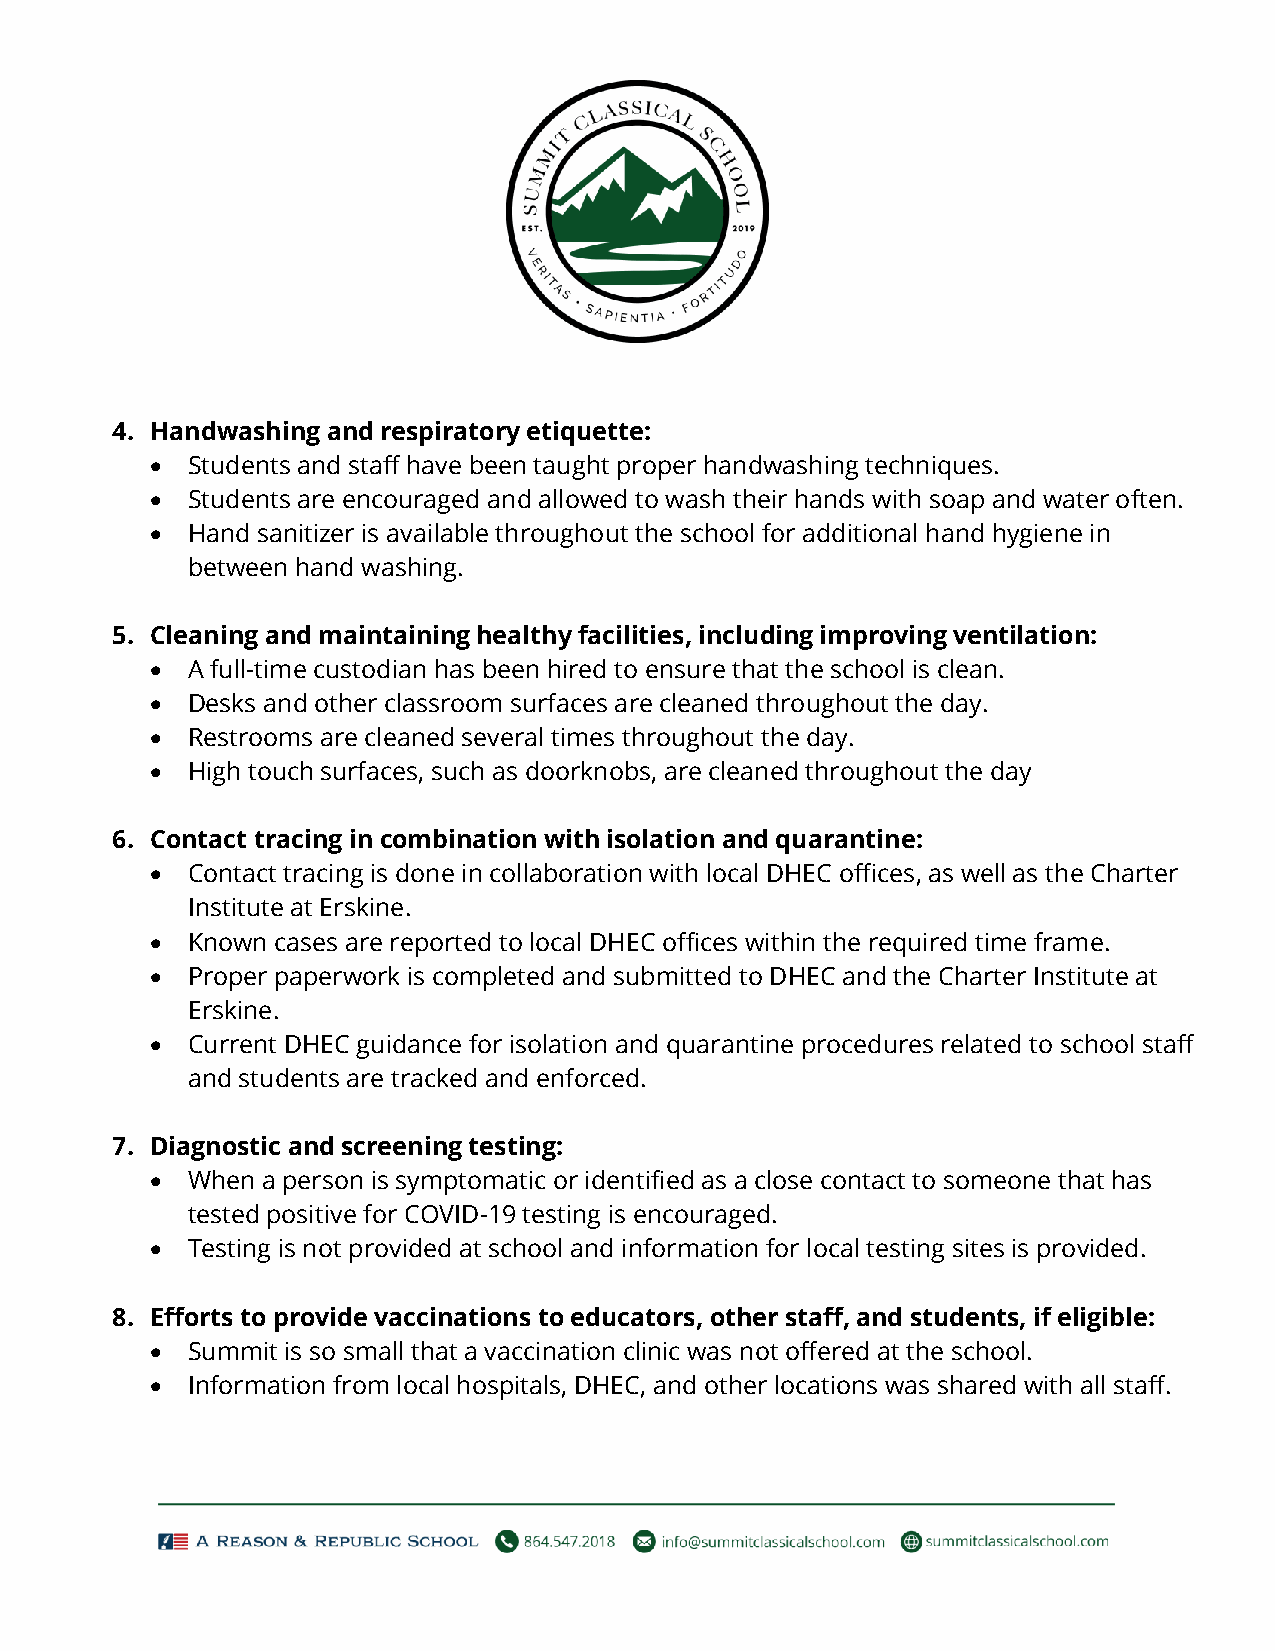
4. Handwashing and respiratory etiquette:
 • Students and staff have been taught proper handwashing techniques.
 • Students are encouraged and allowed to wash their hands with soap and water often.
 • Hand sanitizer is available throughout the school for additional hand hygiene in
 between hand washing.
 5. Cleaning and maintaining healthy facilities, including improving ventilation:
 • A full-time custodian has been hired to ensure that the school is clean.
 • Desks and other classroom surfaces are cleaned throughout the day.
 • Restrooms are cleaned several times throughout the day.
 • High touch surfaces, such as doorknobs, are cleaned throughout the day
 6. Contact tracing in combination with isolation and quarantine:
 • Contact tracing is done in collaboration with local DHEC offices, as well as the Charter
 Institute at Erskine.
 • Known cases are reported to local DHEC offices within the required time frame.
 • Proper paperwork is completed and submitted to DHEC and the Charter Institute at
 Erskine.
 • Current DHEC guidance for isolation and quarantine procedures related to school staff
 and students are tracked and enforced.
 7. Diagnostic and screening testing:
 • When a person is symptomatic or identified as a close contact to someone that has
 tested positive for COVID-19 testing is encouraged.
 • Testing is not provided at school and information for local testing sites is provided.
 8. Efforts to provide vaccinations to educators, other staff, and students, if eligible:
 • Summit is so small that a vaccination clinic was not offered at the school.
 • Information from local hospitals, DHEC, and other locations was shared with all staff.